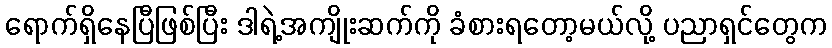
ရောက်ရှိနေပြီဖြစ်ပြီး ဒါရဲ့အကျိုးဆက်ကို ခံစားရတော့မယ်လို့ ပညာရှင်တွေက